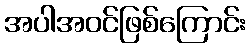
အပါအဝင်ဖြစ်ကြောင်း